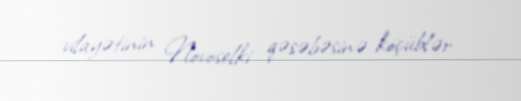
vilayətinin Novoselki qəsəbəsinə köçüblər.